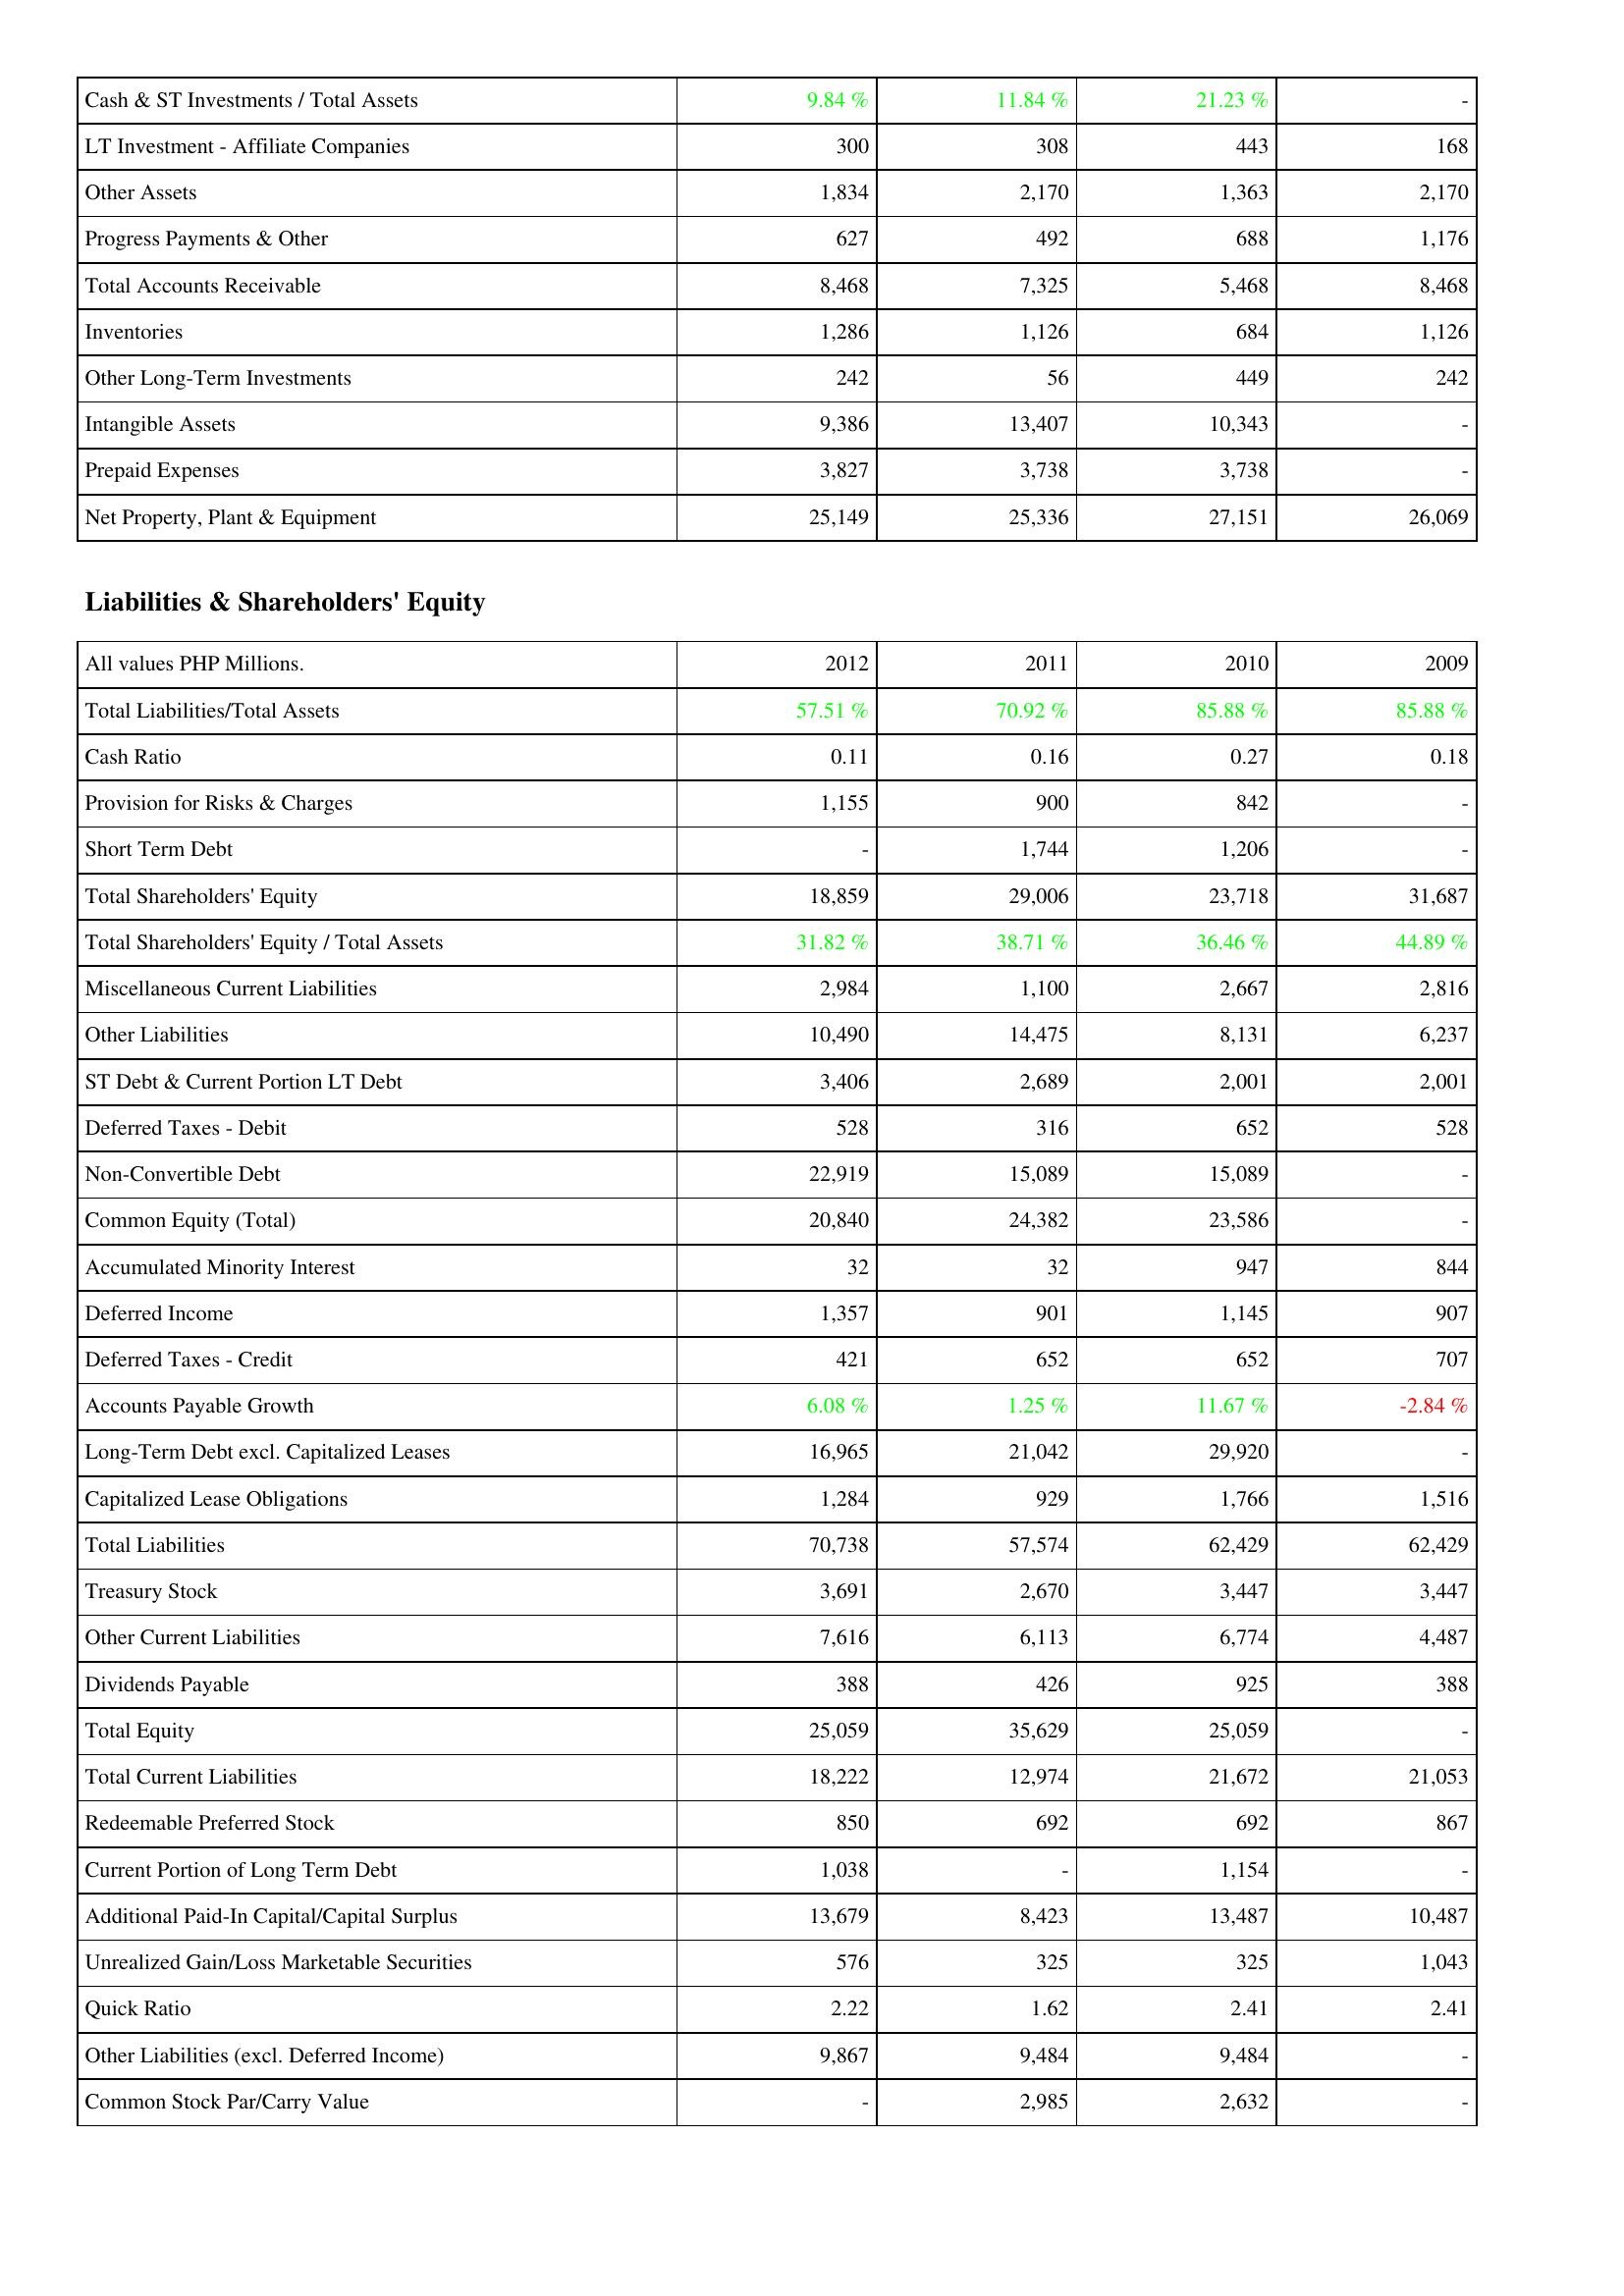
2012: Assets: Cash & ST Investments / Total Assets: 9.84 %
LT Investment - Affiliate Companies: 300
Other Assets: 1,834
Progress Payments & Other: 627
Total Accounts Receivable: 8,468
Inventories: 1,286
Other Long-Term Investments: 242
Intangible Assets: 9,386
Prepaid Expenses: 3,827
Net Property, Plant & Equipment: 25,149
Liabilities & Shareholders' Equity: Total Liabilities/Total Assets: 57.51 %
Cash Ratio: 0.11
Provision for Risks & Charges: 1,155
Short Term Debt: -
Total Shareholders' Equity: 18,859
Total Shareholders' Equity / Total Assets: 31.82 %
Miscellaneous Current Liabilities: 2,984
Other Liabilities: 10,490
ST Debt & Current Portion LT Debt: 3,406
Deferred Taxes - Debit: 528
Non-Convertible Debt: 22,919
Common Equity (Total): 20,840
Accumulated Minority Interest: 32
Deferred Income: 1,357
Deferred Taxes - Credit: 421
Accounts Payable Growth: 6.08 %
Long-Term Debt excl. Capitalized Leases: 16,965
Capitalized Lease Obligations: 1,284
Total Liabilities: 70,738
Treasury Stock: 3,691
Other Current Liabilities: 7,616
Dividends Payable: 388
Total Equity: 25,059
Total Current Liabilities: 18,222
Redeemable Preferred Stock: 850
Current Portion of Long Term Debt: 1,038
Additional Paid-In Capital/Capital Surplus: 13,679
Unrealized Gain/Loss Marketable Securities: 576
Quick Ratio: 2.22
Other Liabilities (excl. Deferred Income): 9,867
Common Stock Par/Carry Value: -
2011: Assets: Cash & ST Investments / Total Assets: 11.84 %
LT Investment - Affiliate Companies: 308
Other Assets: 2,170
Progress Payments & Other: 492
Total Accounts Receivable: 7,325
Inventories: 1,126
Other Long-Term Investments: 56
Intangible Assets: 13,407
Prepaid Expenses: 3,738
Net Property, Plant & Equipment: 25,336
Liabilities & Shareholders' Equity: Total Liabilities/Total Assets: 70.92 %
Cash Ratio: 0.16
Provision for Risks & Charges: 900
Short Term Debt: 1,744
Total Shareholders' Equity: 29,006
Total Shareholders' Equity / Total Assets: 38.71 %
Miscellaneous Current Liabilities: 1,100
Other Liabilities: 14,475
ST Debt & Current Portion LT Debt: 2,689
Deferred Taxes - Debit: 316
Non-Convertible Debt: 15,089
Common Equity (Total): 24,382
Accumulated Minority Interest: 32
Deferred Income: 901
Deferred Taxes - Credit: 652
Accounts Payable Growth: 1.25 %
Long-Term Debt excl. Capitalized Leases: 21,042
Capitalized Lease Obligations: 929
Total Liabilities: 57,574
Treasury Stock: 2,670
Other Current Liabilities: 6,113
Dividends Payable: 426
Total Equity: 35,629
Total Current Liabilities: 12,974
Redeemable Preferred Stock: 692
Current Portion of Long Term Debt: -
Additional Paid-In Capital/Capital Surplus: 8,423
Unrealized Gain/Loss Marketable Securities: 325
Quick Ratio: 1.62
Other Liabilities (excl. Deferred Income): 9,484
Common Stock Par/Carry Value: 2,985
2010: Assets: Cash & ST Investments / Total Assets: 21.23 %
LT Investment - Affiliate Companies: 443
Other Assets: 1,363
Progress Payments & Other: 688
Total Accounts Receivable: 5,468
Inventories: 684
Other Long-Term Investments: 449
Intangible Assets: 10,343
Prepaid Expenses: 3,738
Net Property, Plant & Equipment: 27,151
Liabilities & Shareholders' Equity: Total Liabilities/Total Assets: 85.88 %
Cash Ratio: 0.27
Provision for Risks & Charges: 842
Short Term Debt: 1,206
Total Shareholders' Equity: 23,718
Total Shareholders' Equity / Total Assets: 36.46 %
Miscellaneous Current Liabilities: 2,667
Other Liabilities: 8,131
ST Debt & Current Portion LT Debt: 2,001
Deferred Taxes - Debit: 652
Non-Convertible Debt: 15,089
Common Equity (Total): 23,586
Accumulated Minority Interest: 947
Deferred Income: 1,145
Deferred Taxes - Credit: 652
Accounts Payable Growth: 11.67 %
Long-Term Debt excl. Capitalized Leases: 29,920
Capitalized Lease Obligations: 1,766
Total Liabilities: 62,429
Treasury Stock: 3,447
Other Current Liabilities: 6,774
Dividends Payable: 925
Total Equity: 25,059
Total Current Liabilities: 21,672
Redeemable Preferred Stock: 692
Current Portion of Long Term Debt: 1,154
Additional Paid-In Capital/Capital Surplus: 13,487
Unrealized Gain/Loss Marketable Securities: 325
Quick Ratio: 2.41
Other Liabilities (excl. Deferred Income): 9,484
Common Stock Par/Carry Value: 2,632
2009: Assets: Cash & ST Investments / Total Assets: -
LT Investment - Affiliate Companies: 168
Other Assets: 2,170
Progress Payments & Other: 1,176
Total Accounts Receivable: 8,468
Inventories: 1,126
Other Long-Term Investments: 242
Intangible Assets: -
Prepaid Expenses: -
Net Property, Plant & Equipment: 26,069
Liabilities & Shareholders' Equity: Total Liabilities/Total Assets: 85.88 %
Cash Ratio: 0.18
Provision for Risks & Charges: -
Short Term Debt: -
Total Shareholders' Equity: 31,687
Total Shareholders' Equity / Total Assets: 44.89 %
Miscellaneous Current Liabilities: 2,816
Other Liabilities: 6,237
ST Debt & Current Portion LT Debt: 2,001
Deferred Taxes - Debit: 528
Non-Convertible Debt: -
Common Equity (Total): -
Accumulated Minority Interest: 844
Deferred Income: 907
Deferred Taxes - Credit: 707
Accounts Payable Growth: -2.84 %
Long-Term Debt excl. Capitalized Leases: -
Capitalized Lease Obligations: 1,516
Total Liabilities: 62,429
Treasury Stock: 3,447
Other Current Liabilities: 4,487
Dividends Payable: 388
Total Equity: -
Total Current Liabilities: 21,053
Redeemable Preferred Stock: 867
Current Portion of Long Term Debt: -
Additional Paid-In Capital/Capital Surplus: 10,487
Unrealized Gain/Loss Marketable Securities: 1,043
Quick Ratio: 2.41
Other Liabilities (excl. Deferred Income): -
Common Stock Par/Carry Value: -